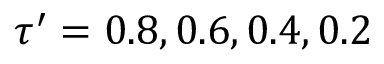
\tau ^ { \prime } = 0 . 8 , 0 . 6 , 0 . 4 , 0 . 2